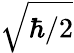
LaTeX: \sqrt{\hbar/2}